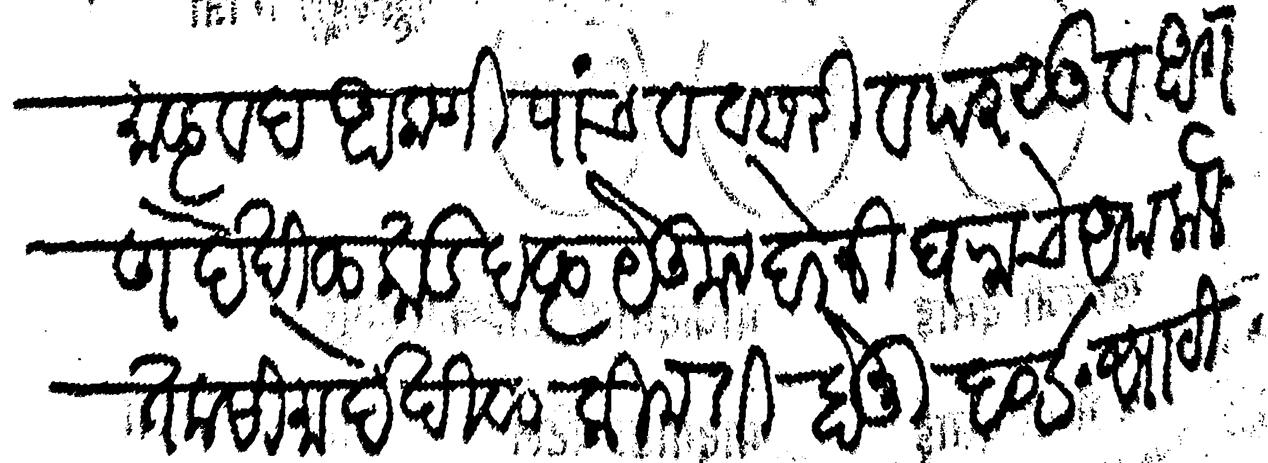
Transliteration (Devanagari): माळवद आकणी पांच व वसरी व परसु व आगण देखील काडदळ येकून बेरजी घराचे केले तकसीमा देखील कीमती होनी ६०६ साठी